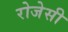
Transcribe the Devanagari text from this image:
रोजेसी